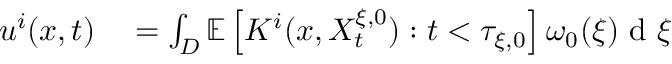
\begin{array} { r l } { u ^ { i } ( x , t ) } & { { } = \int _ { D } \mathbb { E } \left[ K ^ { i } ( x , X _ { t } ^ { \xi , 0 } ) : t < \tau _ { \xi , 0 } \right] \omega _ { 0 } ( \xi ) \textrm { d } \xi } \end{array}